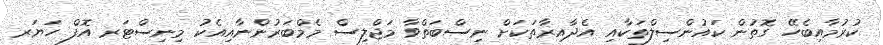
ކުރުމާއިބެހޭ ގޮތުން ކައުންސިލްތަކާއި އެދާއިރާތަކަށް ނިސްބަތްވާ މަޖްލިސް މެމްބަރުންނާއިއެކު މިނިސްޓަރ އޮފް ހަޔަރ